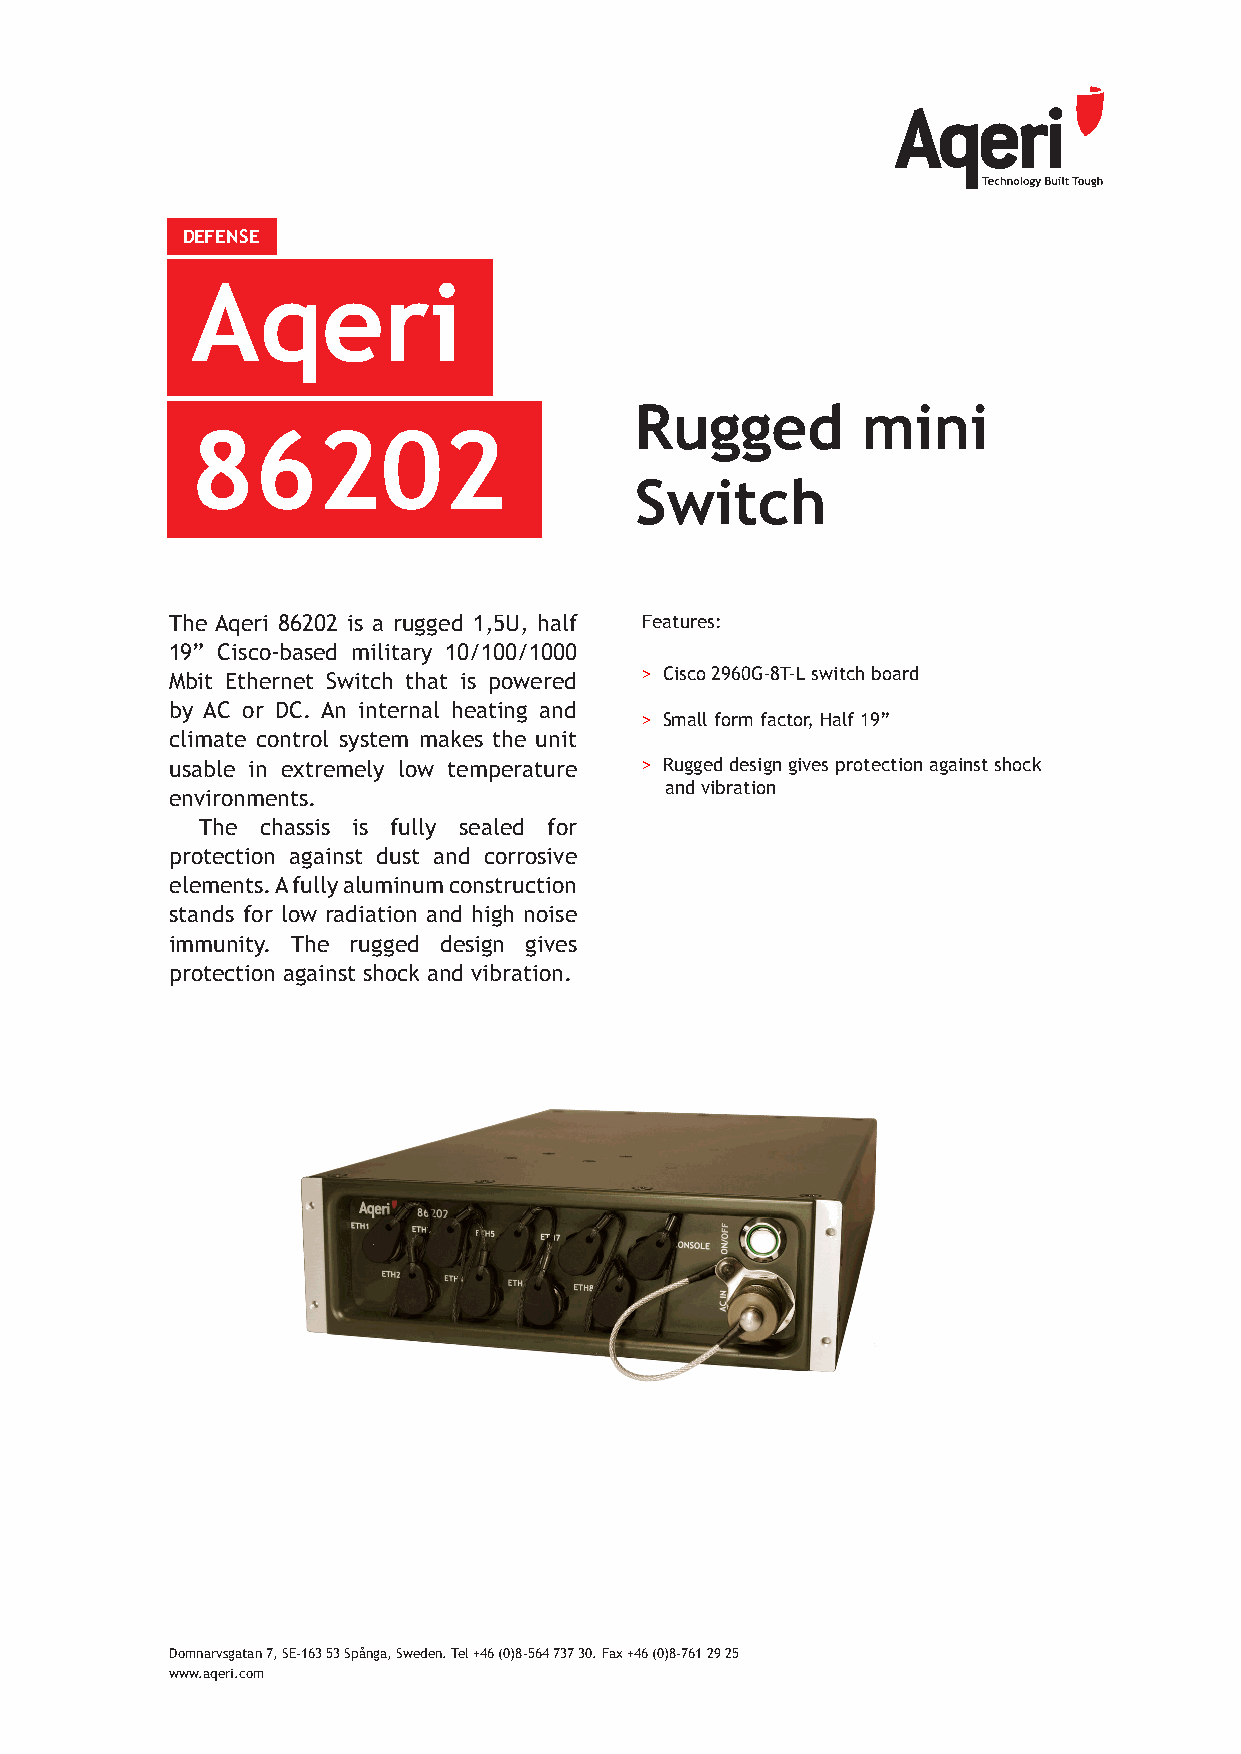
DEFENSE
 Aqeri
 Rugged         mini
 86202
 Switch
 The Aqeri 86202 is a rugged 1,5U, half Features:
 19” Cisco-based military 10/100/1000
 Mbit Ethernet Switch that is powered > Cisco 2960G-8T-L switch board
 by AC or DC. An internal heating and
 > Small form factor, Half 19”
 climate control system makes the unit
 usable in extremely low temperature > Rugged design gives protection against shock
 and vibration
 environments.
 The chassis is fully sealed for
 protection against dust and corrosive
 elements. A fully aluminum construction
 stands for low radiation and high noise
 immunity. The rugged design gives
 protection against shock and vibration.
 Domnarvsgatan 7, SE-163 53 Spånga, Sweden. Tel +46 (0)8-564 737 30. Fax +46 (0)8-761 29 25
 www.aqeri.com